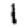
Digit: 1